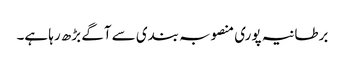
برطانیہ پوری منصوبہ بندی سے آگے بڑھ رہا ہے۔